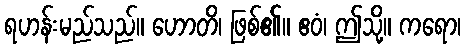
ရဟန်းမည်သည်။ ဟောတိ၊ ဖြစ်၏။ ဧဝံ၊ ဤသို့။ ကရော၊